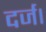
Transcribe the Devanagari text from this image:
दर्ज।